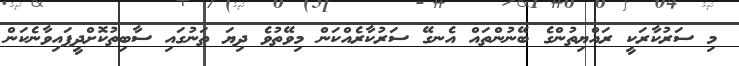
މި ސަރުކާރަކީ ރައްޔިތުންގެ ބޭނުންތައް އެނގޭ ސަރުކާރެއްކަން މިވޭތުވެ ދިޔަ ތަނުގައި ސާބިތުކޮށްދީފައިވާނެކަން